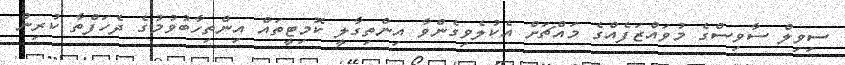
ސިވިލް ސާވިސްގެ މުވައްޒަފެއްގެ މައްޗަށް އެކުލެވިގެންވާ އިންތިގާލީ ކޮމިޓީތައް އިންތިހާބުވުމުގެ ދެހަފްތާ ކުރިން